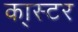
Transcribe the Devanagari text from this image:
का्स्‍टर